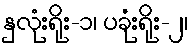
နှလုံးရိုး-၁၊ ပခုံးရိုး-၂၊